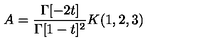
A = \frac { \Gamma [ - 2 t ] } { \Gamma [ 1 - t ] ^ { 2 } } K ( 1 , 2 , 3 )